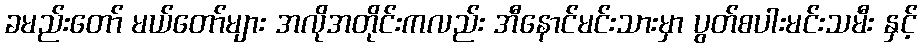
ခမည်းတော် မယ်တော်များ အလိုအတိုင်းကလည်း အီနောင်မင်းသားမှာ ပွတ်စပါးမင်းသမီး နှင့်